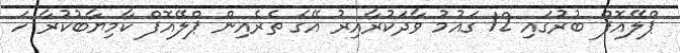
ޕްލޭއޮފް ބުރުގައި 12 ގައުމު ވާދަކުރާއިރު އޭގެ ތެރެއިން ޕްލޭއޮފް ކާމިޔާބުކުރާ ހަ